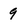
Character: 9